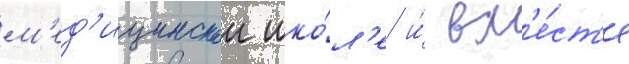
м'ед'ицинскои шко́л'е и́ вм'е́ст'е